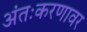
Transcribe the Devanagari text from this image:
अंतःकरणावर